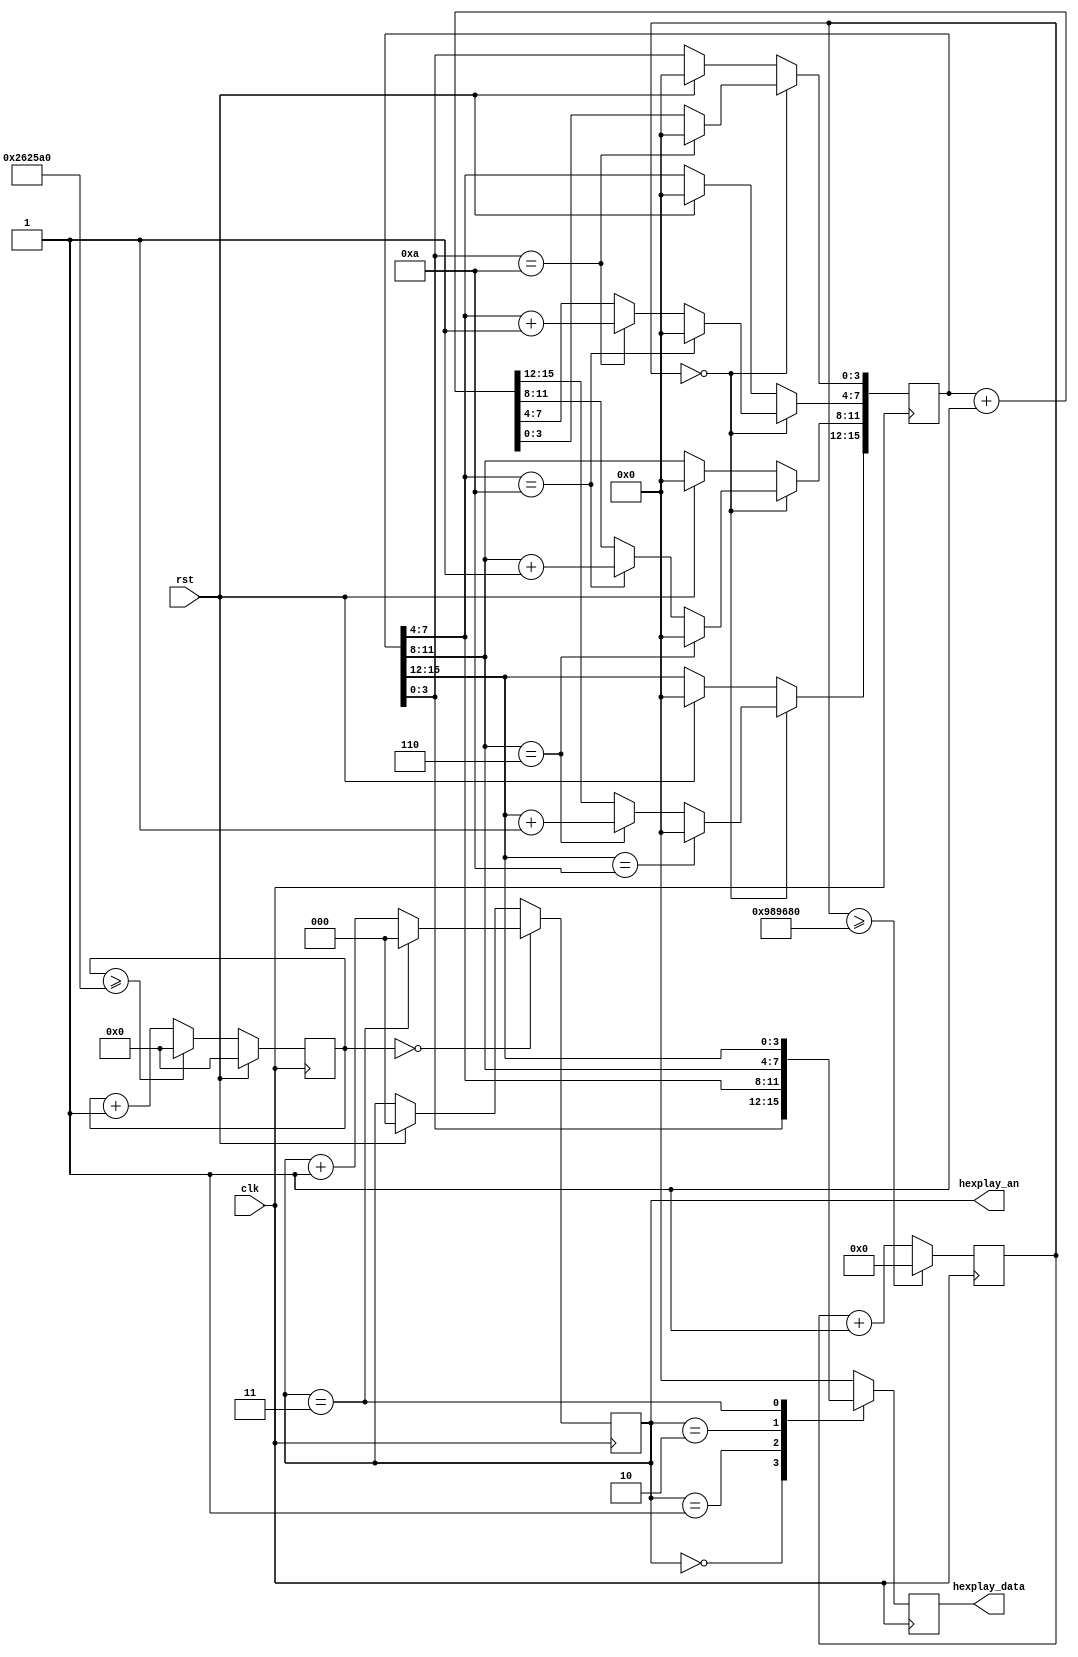
module t3(
input clk,rst,
output reg [2:0]hexplay_an,
output reg [3:0]hexplay_data);
wire locked;
reg [23:0]timer_cnt;
reg [15:0]data;
reg [32:0]hexplay_cnt;

always@(posedge clk)
begin
    if(hexplay_cnt>=(20000000/8))
        hexplay_cnt<=0;
    else
        hexplay_cnt<=hexplay_cnt+1;
    if(rst==1)
    begin
        timer_cnt<=0;
        hexplay_cnt<=0;
        hexplay_an<=0;
        data<=0;
        hexplay_data<=16'b0001001000110100;
    end
    if(hexplay_cnt==0)
    begin
        if(hexplay_an==3'b011)
            hexplay_an<=0;
        else
            hexplay_an<=hexplay_an+1;
    end
    case(hexplay_an)
        0:hexplay_data<=data[3:0];
        1:hexplay_data<=data[7:4];
        2:hexplay_data<=data[11:8];
        3:hexplay_data<=data[15:12];
        default:hexplay_data=0;
    endcase
    if(timer_cnt==0)
    begin
        data<=data+1;
        if(data[3:0]==10)
        begin
            data[3:0]<=4'b0000;
            data[7:4]<=data[7:4]+1;
        end
        if(data[7:4]==10)
        begin
            data[7:4]<=4'b0000;
            data[11:8]<=data[11:8]+1;
        end
        if(data[11:8]==6)
        begin
            data[11:8]<=4'b0000;
            data[15:12]<=data[15:12]+1;
        end
        if(data[15:12]==10)
            data[15:12]<=4'b0000;
    end
    if(timer_cnt>=10000000)
        timer_cnt<=0;
    else
        timer_cnt<=timer_cnt+1;
end
endmodule